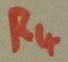
Text: R4